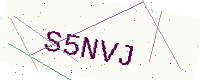
Text: S5NVJ